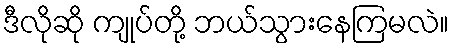
ဒီလိုဆို ကျုပ်တို့ ဘယ်သွားနေကြမလဲ။